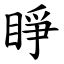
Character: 睜